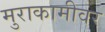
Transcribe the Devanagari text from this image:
मुराकामीवर